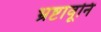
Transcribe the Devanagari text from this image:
भ्रष्टावूनि